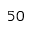
5 0